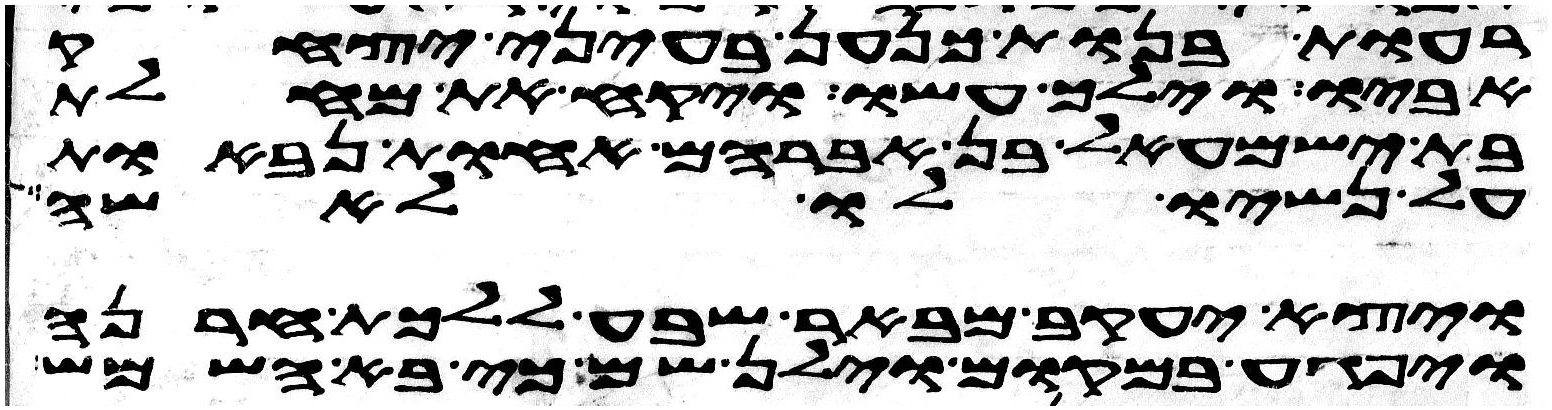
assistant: רעות בנות כנען בעיני יצחק
אביו וילך עשו ויקח את מחלת
בת ישמעאל בן אברהם אחות נבאות
על נשיו לו לאשה
ויצא יעקב מבאר שבע ללכת חרנה
ויפגע במקום וילן שם כי בא השמש